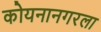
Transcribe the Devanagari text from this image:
कोयनानगरला